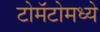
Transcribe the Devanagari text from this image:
टोमॅटोमध्ये